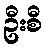
ဦးစီ